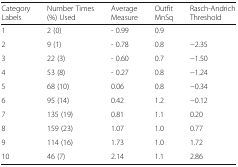
| Category Labels | Number Times (%) Used | Average Measure | Outfit MnSq | Rasch-Andrich Threshold |
 | --- | --- | --- | --- | --- |
 | 1 | 2 (0) | - 0.99 | 0.9 |  |
 | 2 | 9 (1) | - 0.78 | 0.8 | −2.35 |
 | 3 | 22 (3) | - 0.60 | 0.7 | −1.50 |
 | 4 | 53 (8) | - 0.27 | 0.8 | −1.24 |
 | 5 | 68 (10) | 0.06 | 0.8 | −0.34 |
 | 6 | 95 (14) | 0.42 | 1.2 | −0.12 |
 | 7 | 135 (19) | 0.81 | 1.1 | 0.20 |
 | 8 | 159 (23) | 1.07 | 1.0 | 0.77 |
 | 9 | 114 (16) | 1.73 | 1.0 | 1.72 |
 | 10 | 46 (7) | 2.14 | 1.1 | 2.86 |